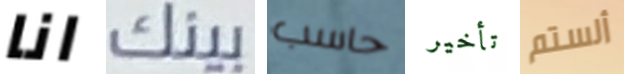
انا بينك حاسب تأخير ألستم